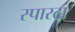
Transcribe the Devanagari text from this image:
स्पारटा